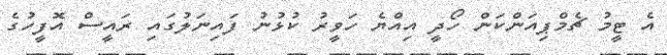
އެ ޓީމު ޗެމްޕިއަންކަން ހޯދީ އިއްޔެ ހަވީރު ކުޅުނު ފައިނަލުގައި ރައީސް އޮފީހުގެ